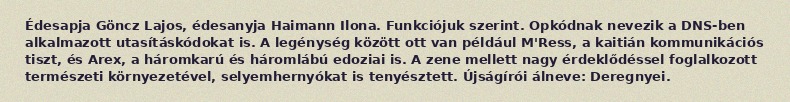
Édesapja Göncz Lajos, édesanyja Haimann Ilona. Funkciójuk szerint. Opkódnak nevezik a DNS-ben alkalmazott utasításkódokat is. A legénység között ott van például M'Ress, a kaitián kommunikációs tiszt, és Arex, a háromkarú és háromlábú edoziai is. A zene mellett nagy érdeklődéssel foglalkozott természeti környezetével, selyemhernyókat is tenyésztett. Újságírói álneve: Deregnyei.